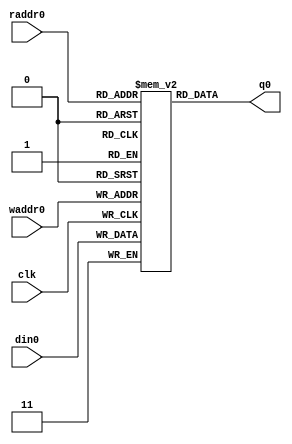
module simple_rf2
    (input                    clk
     ,input [3-1:0]           waddr0
     ,input [1:0]          din0
     ,input [3-1:0]           raddr0

     ,output [1:0]         q0

     );

   reg [1:0]                rf[8-1:0]; // synthesis syn_ramstyle = "block_ram"

   always @(*) begin
     q0 = rf[raddr0];
   end

   always @(posedge clk) begin
     rf[waddr0] <= din0;
   end

endmodule